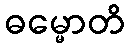
ဓမ္မောတိ